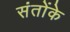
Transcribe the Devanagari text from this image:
संतोंके